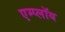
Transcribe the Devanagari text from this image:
एम्प्लॉय